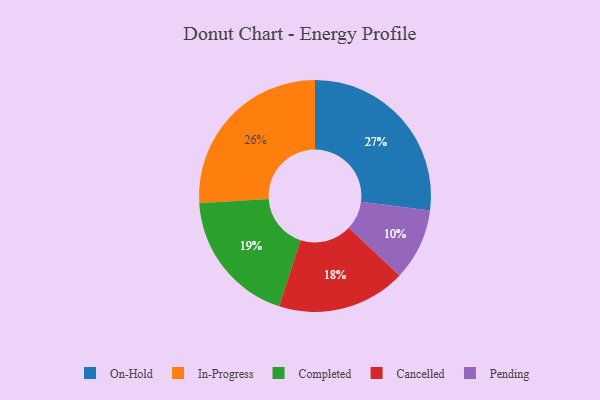
{"axis": {"x": "Category", "y": "Percentage"}, "legend": ["Cancelled", "Completed", "In-Progress", "On-Hold", "Pending"], "data": [{"x": "In-Progress", "y": 26, "type": "In-Progress"}, {"x": "Pending", "y": 10, "type": "Pending"}, {"x": "Cancelled", "y": 18, "type": "Cancelled"}, {"x": "Completed", "y": 19, "type": "Completed"}, {"x": "On-Hold", "y": 27, "type": "On-Hold"}]}